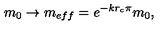
m _ { 0 } \to m _ { e f f } = e ^ { - k r _ { c } \pi } m _ { 0 } ,